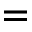
=